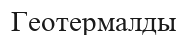
Геотермалды